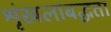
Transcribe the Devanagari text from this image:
श्रृंखलाबद्धता